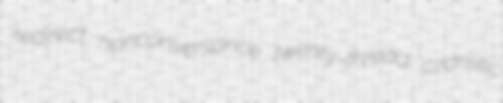
redirect nonconversance twenty-thread czaristic